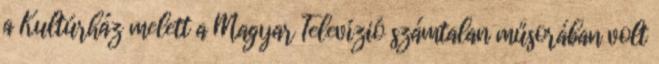
a Kultúrház melett a Magyar Televízió számtalan műsorában volt